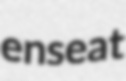
enseat